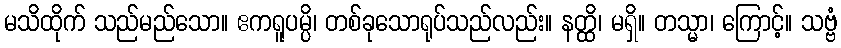
မသိထိုက် သည်မည်သော။ ဧကရူပမ္ပိ၊ တစ်ခုသောရုပ်သည်လည်း။ နတ္ထိ၊ မရှိ။ တသ္မာ၊ ကြောင့်။ သဗ္ဗံ